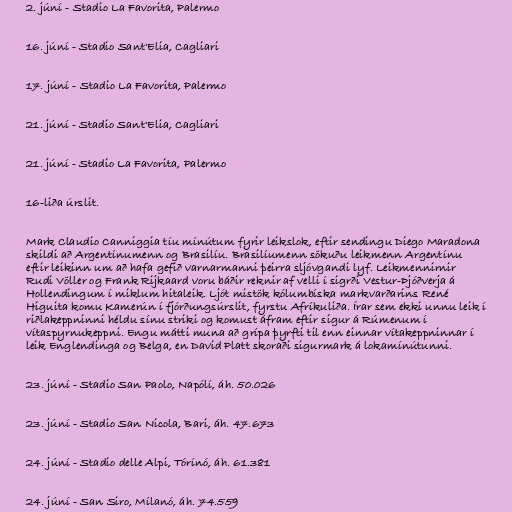
2. júní - Stadio La Favorita, Palermo

16. júní - Stadio Sant'Elia, Cagliari

17. júní - Stadio La Favorita, Palermo

21. júní - Stadio Sant'Elia, Cagliari

21. júní - Stadio La Favorita, Palermo

16-liða úrslit.

Mark Claudio Canniggia tíu mínútum fyrir leikslok, eftir sendingu Diego Maradona
skildi að Argentínumenn og Brasilíu. Brasilíumenn sökuðu leikmenn Argentínu
eftir leikinn um að hafa gefið varnarmanni þeirra sljóvgandi lyf. Leikmennirnir
Rudi Völler og Frank Rijkaard voru báðir reknir af velli í sigrði Vestur-Þjóðverja á
Hollendingum í miklum hitaleik. Ljót mistök kólumbíska markvarðarins René
Higuita komu Kamerún í fjórðungsúrslit, fyrstu Afríkuliða. Írar sem ekki unnu leik í
riðlakeppninni héldu sínu striki og komust áfram eftir sigur á Rúmenum í
vítaspyrnukeppni. Engu mátti muna að grípa þyrfti til enn einnar vítakeppninnar í
leik Englendinga og Belga, en David Platt skoraði sigurmark á lokamínútunni.

23. júní - Stadio San Paolo, Napólí, áh. 50.026

23. júní - Stadio San Nicola, Bari, áh. 47.673

24. júní - Stadio delle Alpi, Tórínó, áh. 61.381

24. júní - San Siro, Mílanó, áh. 74.559